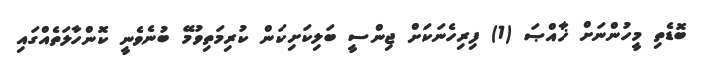
ބޮޑެތި މީހުންނަށް ޚާއްޞަ (1) ފިރިހެނަކަށް ޖިންސީ ބަލިކަށިކަން ކުރިމަތިވުމޭ ބުނެވެނީ ކޮންހާލަތެއްގައި